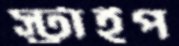
স্ট্রাইপ